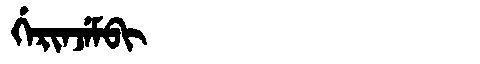
Manchu: ᡤᡝᡵᡳᠨᠵᡝᠮᠪᡳ
Romanization: GERINJEMBI